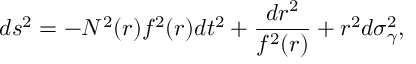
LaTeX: d s ^ { 2 } = - N ^ { 2 } ( r ) f ^ { 2 } ( r ) d t ^ { 2 } + \frac { d r ^ { 2 } } { f ^ { 2 } ( r ) } + r ^ { 2 } d \sigma _ { \gamma } ^ { 2 } ,